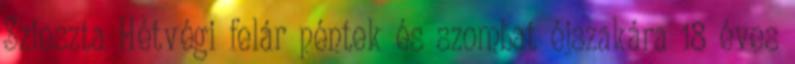
Szieszta Hétvégi felár péntek és szombat éjszakára 18 éves